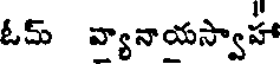
ఓమ్ వ్యానాయస్వాహా